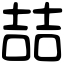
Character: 喆